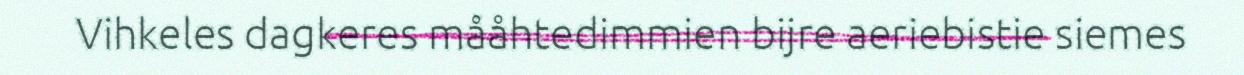
Vihkeles dagkeres mååhtedimmien bijre aeriebistie siemes